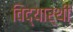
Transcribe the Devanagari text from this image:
विद्यार्थीं